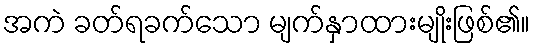
အကဲ ခတ်ရခက်သော မျက်နှာထားမျိုးဖြစ်၏။